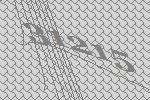
31215